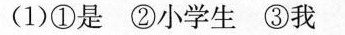
(1)①是 ②小学生 ③我